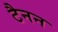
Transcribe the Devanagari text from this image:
टैनन